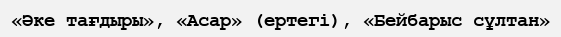
«Әке тағдыры», «Асар» (ертегі), «Бейбарыс сұлтан»